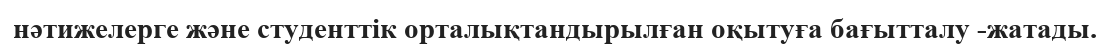
нәтижелерге және студенттік орталықтандырылған оқытуға бағытталу -жатады.